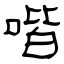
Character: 喈